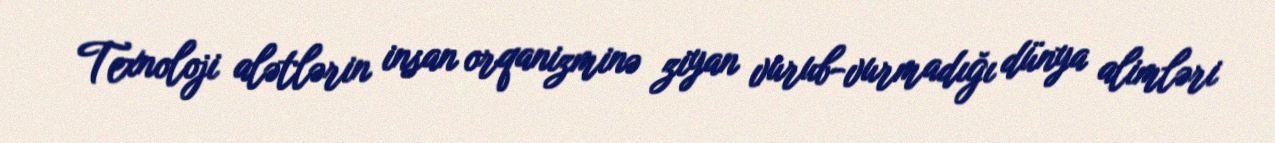
Texnoloji alətlərin insan orqanizminə ziyan vurub-vurmadığı dünya alimləri